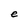
Character: e